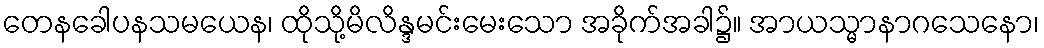
တေနခေါပနသမယေန၊ ထိုသို့မိလိန္ဒမင်းမေးသော အခိုက်အခါ၌။ အာယသ္မာနာဂသေနော၊